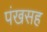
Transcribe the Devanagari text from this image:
पंखसह